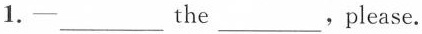
1.-___ the ___ . please.